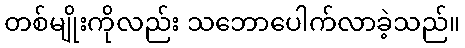
တစ်မျိုးကိုလည်း သဘောပေါက်လာခဲ့သည်။